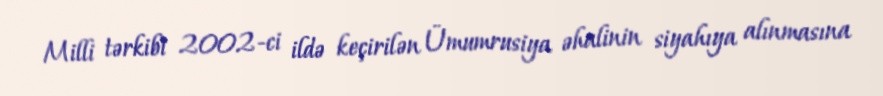
Milli tərkibi 2002-ci ildə keçirilən Ümumrusiya əhalinin siyahıya alınmasına